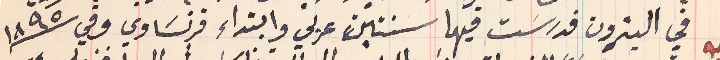
في البترون فدرسَت فيها سنتين عربي وابتداء فرنسَاوي وفي سنة ١٨٩٥